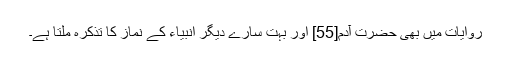
روایات میں بھی حضرت آدم[55] اور بہت سارے دیگر انبیاء کے نماز کا تذکرہ ملتا ہے۔